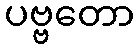
ပဗ္ဗတော